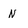
Character: N